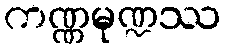
ကဏ္ဏမုဏ္ဍဿ